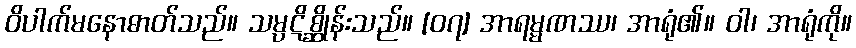
ဝိပါက်မနောဓာတ်သည်။ သမ္ပဋိစ္ဆိုန်းသည်။ [၀၇] အာရမ္မဏဿ၊ အာရုံ၏။ ဝါ၊ အာရုံကို။